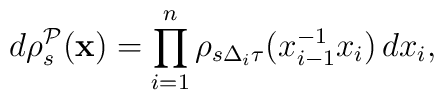
d\rho _{s}^{\mathcal{P}}(\mathbf{x})=\prod_{i=1}^{n}\rho _{s\Delta _{i}\tau}(x_{i-1}^{-1}x_{i})\,dx_{i},